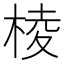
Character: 棱